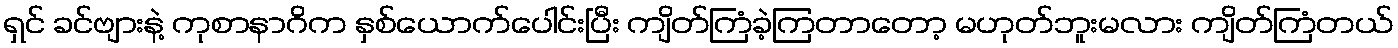
ရှင် ခင်ဗျားနဲ့ ကုစာနာဂိက နှစ်ယောက်ပေါင်းပြီး ကျိတ်ကြံခဲ့ကြတာတော့ မဟုတ်ဘူးမလား ကျိတ်ကြံတယ်